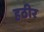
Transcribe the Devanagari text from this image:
हठीर